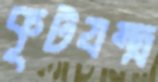
কূটযন্ত্র